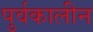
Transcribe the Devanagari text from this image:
पुर्वकालीन